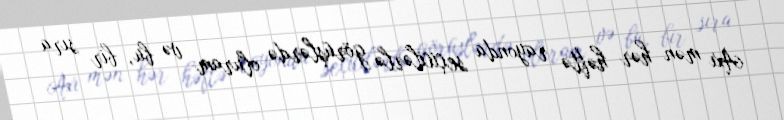
Axı mən hər həftə rayonda seçicilərlə görüşlərdə oluram və bu, bir sıra